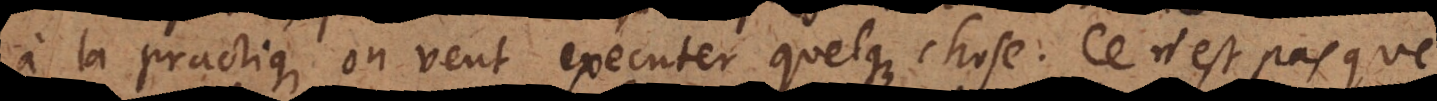
à la practique, on veut executer quelque chose. Ce n’est pas que